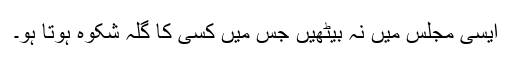
ایسی مجلس میں نہ بیٹھیں جس میں کسی کا گلہ شکوہ ہوتا ہو۔